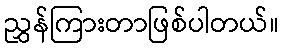
ညွှန်ကြားတာဖြစ်ပါတယ်။